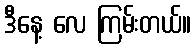
ဒီနေ့ လေ ကြမ်းတယ်။